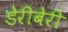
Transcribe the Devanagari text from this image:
डेरीबेरी